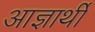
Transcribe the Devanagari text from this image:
आज्ञार्थी